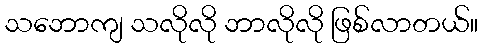
သဘောကျ သလိုလို ဘာလိုလို ဖြစ်လာတယ်။